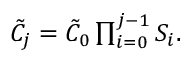
\begin{array} { r } { \tilde { C } _ { j } = \tilde { C } _ { 0 } \prod _ { i = 0 } ^ { j - 1 } S _ { i } . } \end{array}